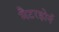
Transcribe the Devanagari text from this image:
मैटरहोर्न